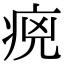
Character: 𤵻